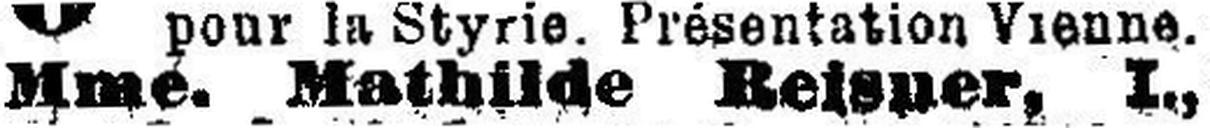
Mme. Mathilde Reisner, I.,